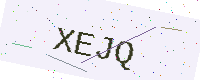
Text: XEJQ